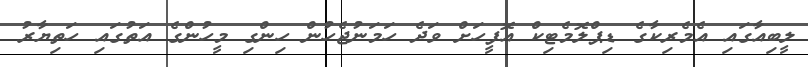
ލީބިއާގައި އެމެރިކާގެ ޑިޕްލޮމެޓިކް އޮފީހަށް ވަދެ ހަމަނުޖެހުން ހިންގި މީހުންގެ އަތުގައި ހަތިޔާރު